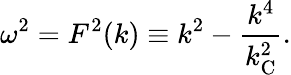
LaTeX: \omega^{2}=F^{2}(k)\equiv k^{2}-\frac{k^{4}}{k_{\mathrm{C}}^{2}}.